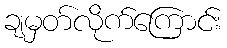
ချမှတ်လိုက်ကြောင်း